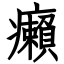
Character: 癩